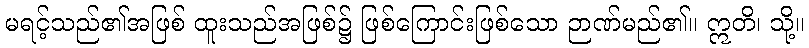
မရင့်သည်၏အဖြစ် ထူးသည်အဖြစ်၌ ဖြစ်ကြောင်းဖြစ်သော ဉာဏ်မည်၏။ ဣတိ၊ သို့။